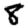
Digit: 8